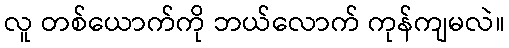
လူ တစ်ယောက်ကို ဘယ်လောက် ကုန်ကျမလဲ။